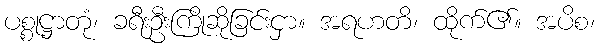
ပစ္စုဋ္ဌာတုံ၊ ခရီးဦးကြိုဆိုခြင်းငှာ။ အရဟတိ၊ ထိုက်၏။ အပိစ၊